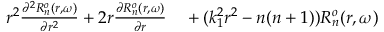
\begin{array} { r l } { r ^ { 2 } \frac { \partial ^ { 2 } R _ { n } ^ { o } ( r , \omega ) } { \partial r ^ { 2 } } + 2 r \frac { \partial R _ { n } ^ { o } ( r , \omega ) } { \partial r } } & { { } + ( k _ { 1 } ^ { 2 } r ^ { 2 } - n ( n + 1 ) ) R _ { n } ^ { o } ( r , \omega ) } \end{array}